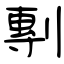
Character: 剸